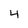
Character: 4